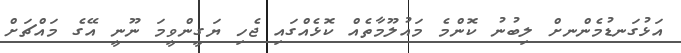
އަޅުގަނޑުމެންނށް ލިބުނު ކޮންމެ މައުލޫމާތެއް ކޮޅެއްގައި ޖެހި ޔަގީންވީމަ ނޫނީ އޭގެ މައްޗަށް